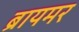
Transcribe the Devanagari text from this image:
ब्रायमर